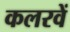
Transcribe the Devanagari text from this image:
कलरवें